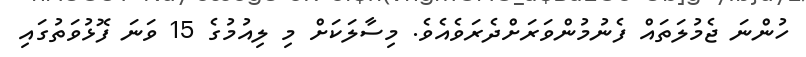
ހުންނަ ޖެމުލަތައް ފެނުމުންވަރަށްދެރަވެއެވެ. މިސާލަކަށް މި ލިއުމުގެ 15 ވަނަ ފޮޅުވަތުގައި